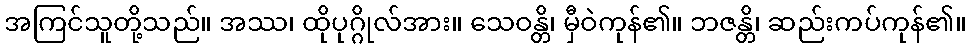
အကြင်သူတို့သည်။ အဿ၊ ထိုပုဂ္ဂိုလ်အား။ သေဝန္တိ၊ မှီဝဲကုန်၏။ ဘဇန္တိ၊ ဆည်းကပ်ကုန်၏။